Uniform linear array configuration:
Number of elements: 8
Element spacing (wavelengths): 1
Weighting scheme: hamming
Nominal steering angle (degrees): -15
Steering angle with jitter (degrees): -15.264
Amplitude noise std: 0.05
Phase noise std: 0.05

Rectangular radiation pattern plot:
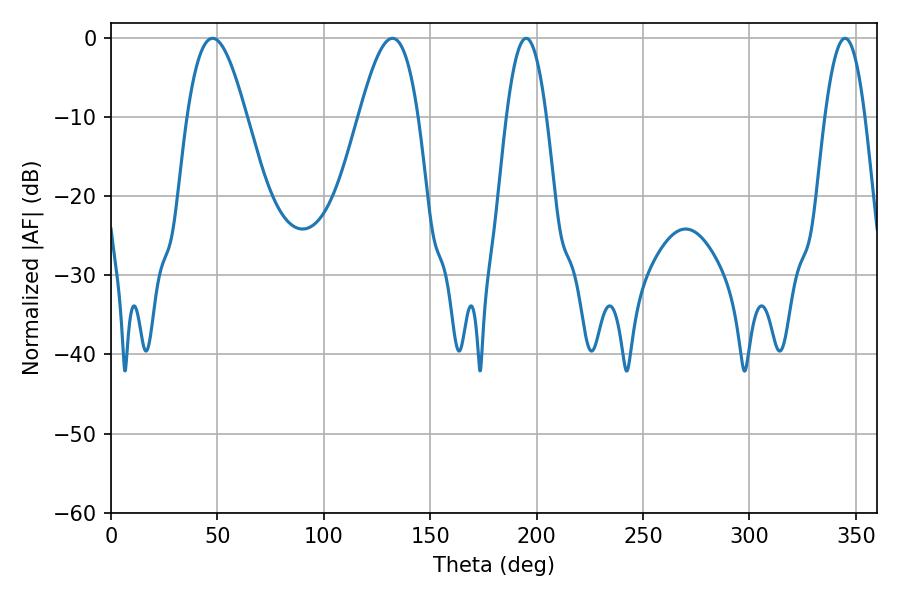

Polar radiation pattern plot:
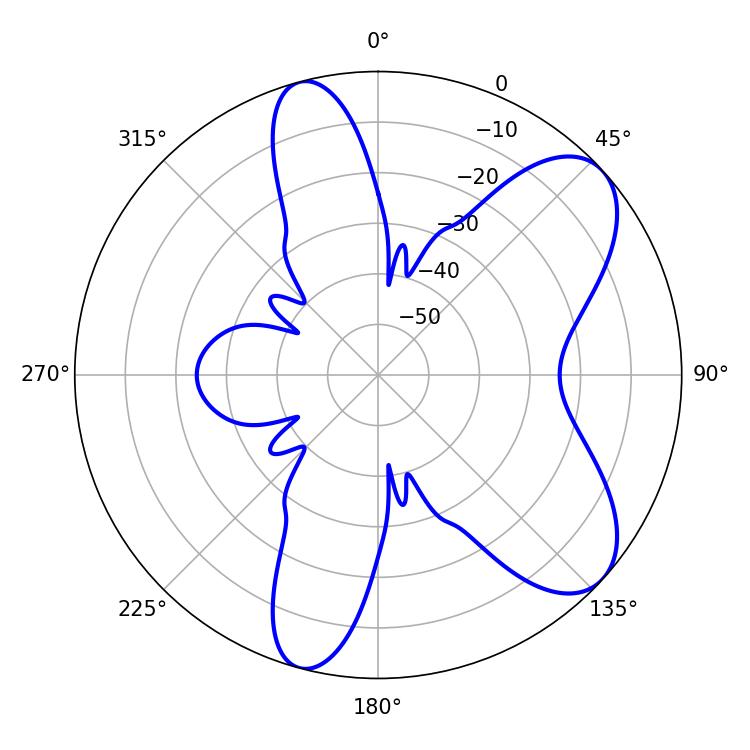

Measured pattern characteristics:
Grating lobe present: TRUE
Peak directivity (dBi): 7.805
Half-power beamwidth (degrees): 14.94
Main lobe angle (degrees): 47.7